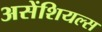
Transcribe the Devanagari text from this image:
असेंशियल्स